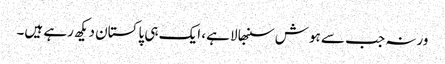
ورنہ جب سے ہوش سنبھالا ہے، ایک ہی پاکستان دیکھ رہے ہیں۔